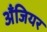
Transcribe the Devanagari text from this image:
अँजियर